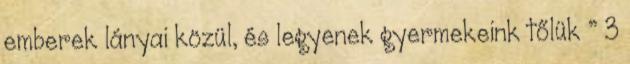
emberek lányai közül, és legyenek gyermekeink tőlük ” 3